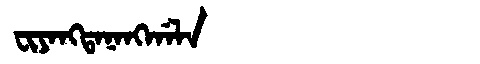
Manchu: ᠸᡳᠶᠠᠩᡨᠠᠨᠠᠩᡤᠠᠯᠠ
Romanization: FIYANGTANANGGALA